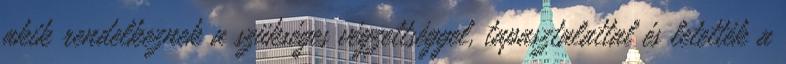
akik rendelkeznek a szükséges végzettséggel, tapasztalattal és letették a